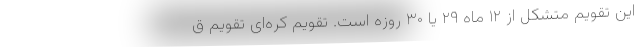
این تقویم متشکل از ۱۲ ماه ۲۹ یا ۳۰ روزه است. تقویم کره‌ای تقویم ق